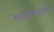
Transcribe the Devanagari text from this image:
स्वलावण्याशंसा